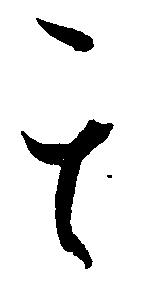
其